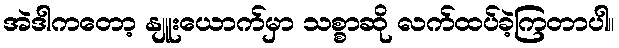
အဲဒါကတော့ နျူးယောက်မှာ သစ္စာဆို လက်ထပ်ခဲ့ကြတာပါ။